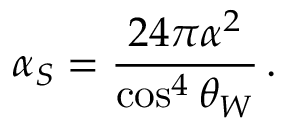
\alpha _ { S } = \frac { 2 4 \pi \alpha ^ { 2 } } { \cos ^ { 4 } \theta _ { W } } \, .